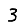
Digit: 3